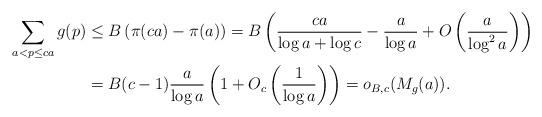
LaTeX: \begin{align*}\sum_{a < p \leq ca} g(p) &\leq B\left(\pi(ca) - \pi(a)\right) = B\left(\frac{ca}{\log a + \log c} - \frac{a}{\log a} + O\left(\frac{a}{\log^2 a}\right)\right) \\&= B(c-1)\frac{a}{\log a}\left(1 + O_c\left(\frac{1}{\log a}\right)\right) = o_{B,c}(M_g(a)).\end{align*}